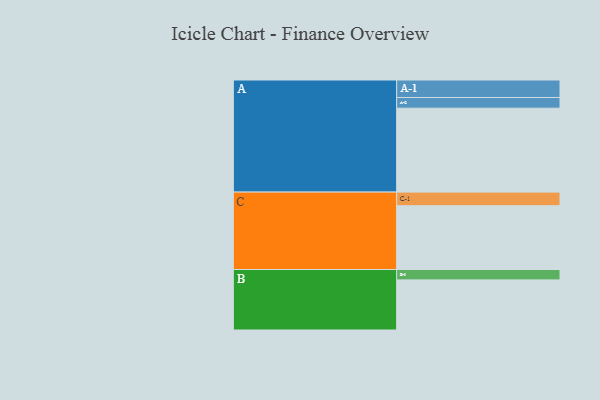
{"axis": {"x": "Segment", "y": "Value"}, "legend": ["", "A", "B", "C"], "data": [{"x": "A", "y": 566, "type": ""}, {"x": "B", "y": 338, "type": ""}, {"x": "C", "y": 430, "type": ""}, {"x": "A-1", "y": 118, "type": "A"}, {"x": "A-2", "y": 72, "type": "A"}, {"x": "B-1", "y": 70, "type": "B"}, {"x": "C-1", "y": 92, "type": "C"}]}